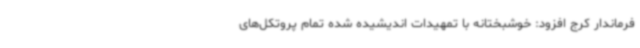
فرماندار کرج افزود: خوشبختانه با تمهیدات اندیشیده شده تمام پروتکل‌های